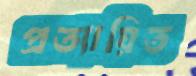
প্রত্যায়িত